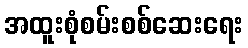
အထူးစုံစမ်းစစ်ဆေးရေး